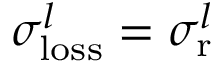
\sigma _ { \mathrm { l o s s } } ^ { l } = \sigma _ { \mathrm { r } } ^ { l }